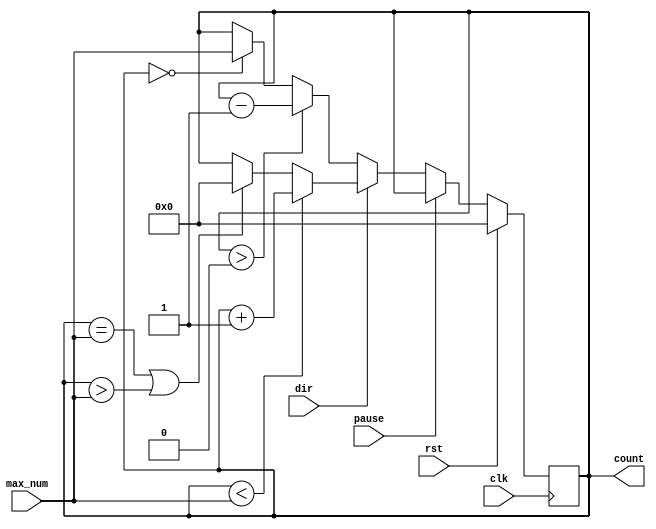
`timescale 1ns / 1ps
//////////////////////////////////////////////////////////////////////////////////
// Company: 
// Engineer: 
// 
// Design Name: 
// Module Name: bi_directional_counter
// Project Name: 
// Target Devices: 
// Tool Versions: 
// Description: 
// 
// Dependencies: 
// 
// Revision:
// Revision 0.01 - File Created
// Additional Comments:
// 
//////////////////////////////////////////////////////////////////////////////////


module bi_directional_counter(
    input clk,
    input rst,
    input dir,
    input [7:0] max_num,
    input pause,
    output reg [7:0] count
);
    initial begin
        count = 8'b0;
    end

    always @(posedge clk)
    begin
        if (rst == 1)
            count <= 8'b0;
        else if (pause == 1)
            count <= count;
        else begin
            if (dir == 1) begin
                if (count < max_num)
                    count <= count + 8'b00000001;
                else if ((count == max_num)||(count > max_num))
                    count <= 8'b0;
            end
            else if (dir == 0) begin
                if (count > 8'b0)
                    count <= count - 8'b00000001;
                else if (count == 8'b0)
                    count <= max_num;
            end
        end
        if (rst == 1)
            count <= 8'b0;
    end


endmodule